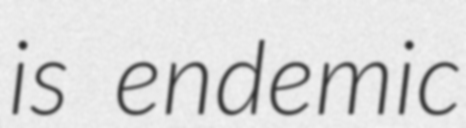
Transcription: is endemic